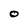
Character: O